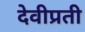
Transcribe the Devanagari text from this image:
देवीप्रती